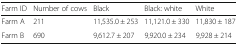
| Farm ID | Number of cows | Black | Black: white | White |
 | --- | --- | --- | --- | --- |
 | Farm A | 211 | 11,535.0 ± 253 | 11,121.0 ± 330 | 11,830 ± 187 |
 | Farm B | 690 | 9,612.7 ± 207 | 9,920.0 ± 234 | 9,928 ± 214 |